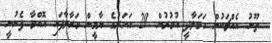
ތޫނު އެއްޗަކުން ހަމަލާދީ އުމުރުން 29 އަހަރުގެ ޔާމީން މަރާލާފައި އޮއްވާ ފެނުނީ